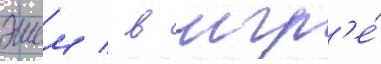
эшем / в игр'е́